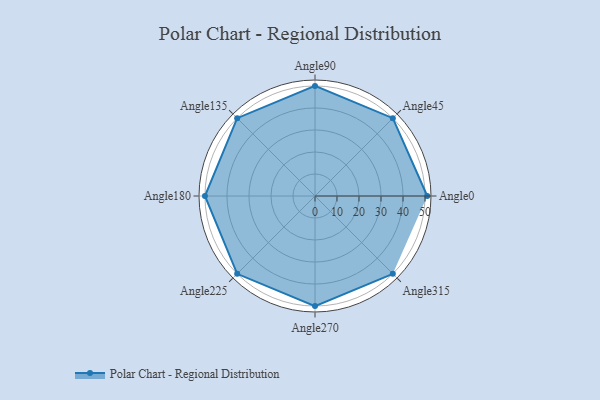
{"axis": {"x": "Angle", "y": "Radius"}, "legend": [""], "data": [{"x": "Angle0", "y": 51.0, "type": ""}, {"x": "Angle45", "y": 50, "type": ""}, {"x": "Angle90", "y": 50, "type": ""}, {"x": "Angle135", "y": 50, "type": ""}, {"x": "Angle180", "y": 50, "type": ""}, {"x": "Angle225", "y": 50, "type": ""}, {"x": "Angle270", "y": 50, "type": ""}, {"x": "Angle315", "y": 50, "type": ""}]}